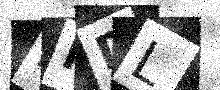
Text: FFDL